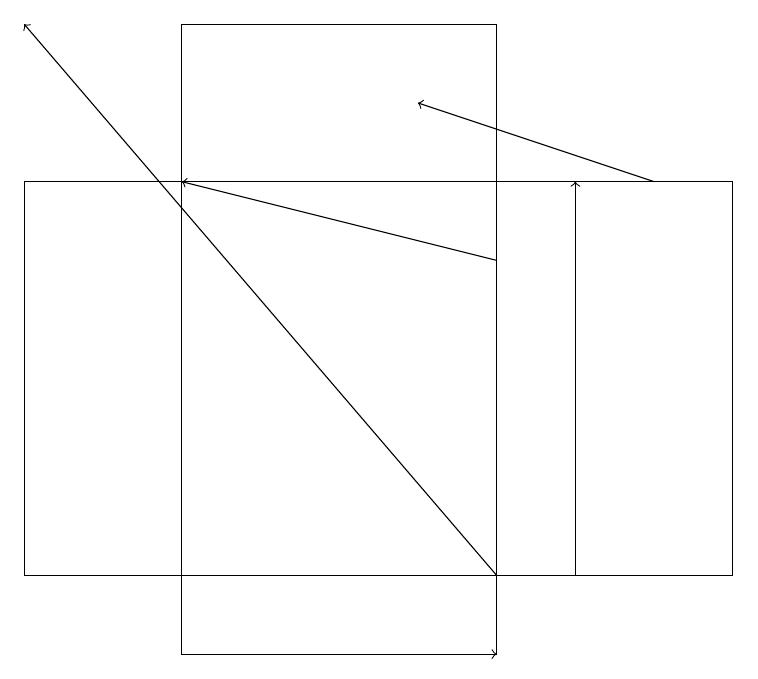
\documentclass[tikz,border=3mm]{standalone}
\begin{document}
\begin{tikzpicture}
\draw[->] (8,17) -- (5,18);
\draw[->] (7,12) -- (7,17);
\draw (6,19) rectangle (2,11);
\draw (9,12) rectangle (0,17);
\draw[->] (6,16) -- (2,17);
\draw[->] (5,11) -- (6,11);
\draw[->] (6,12) -- (0,19);
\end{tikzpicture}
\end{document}